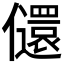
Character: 𫤇